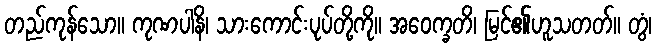
တည်ကုန်သော။ ကုဏပါနိ၊ သားကောင်းပုပ်တို့ကို။ အဝေက္ခတိ၊ မြင်၏ဟူသတတ်။ တွံ၊